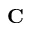
\mathbf { C }